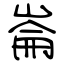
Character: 崙